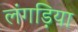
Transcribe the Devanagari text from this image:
लंगड़िया